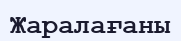
Жаралағаны